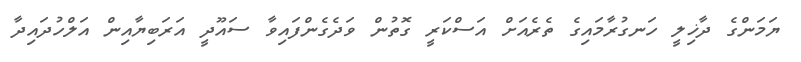
ޔަމަންގެ ދާޚިލީ ހަނގުރާމައިގެ ތެރެއަށް އަސްކަރީ ގޮތުން ވަދެގެންފައިވާ ސައޫދީ އަރަބިޔާއިން އަލްހުދައިދާ